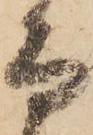
而